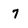
Character: 7